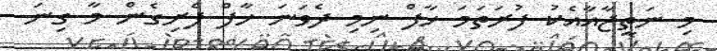
މި ނަތީޖާއާއެކު ފުރަތަމަ ހާފް ނިމި ދެވަނަ ހާފް ފެށިގެން މާ ގިނަ